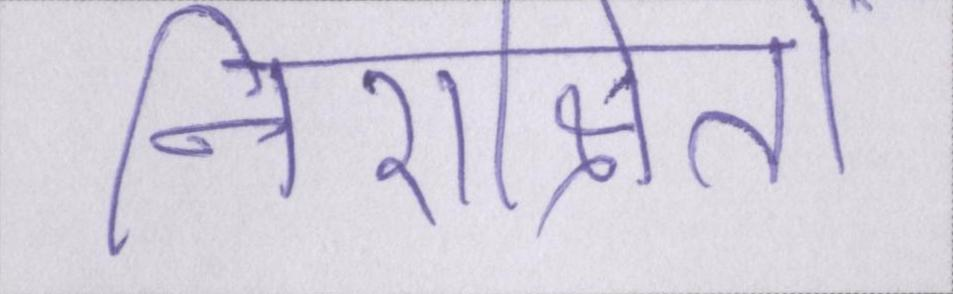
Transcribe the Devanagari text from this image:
निराश्रितों